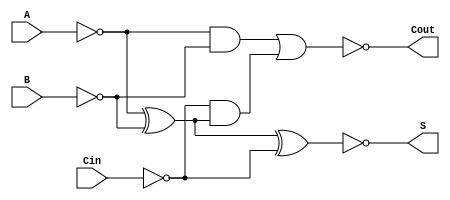
module Negative_Circuit_Full_Adder (
    input wire A,    // First significant bit
    input wire B,    // Second significant bit
    input wire Cin,  // Carry-in
    output wire S,   // Sum output
    output wire Cout // Carry-out output
);

// Intermediate signals for negative logic
wire A_inv, B_inv, Cin_inv;
wire sum_temp, carry_temp;

// Invert the inputs for negative logic
assign A_inv = ~A;  // A' (inverted A)
assign B_inv = ~B;  // B' (inverted B)
assign Cin_inv = ~Cin; // Cin' (inverted Cin)

// Calculate the sum using XOR gates
assign sum_temp = A_inv ^ B_inv ^ Cin_inv; // S' = A' XOR B' XOR Cin'
assign S = ~sum_temp; // Invert the sum for negative logic

// Calculate the carry-out using AND and OR gates
wire AB, A_XOR_B;

// Calculate A XOR B
assign A_XOR_B = A_inv ^ B_inv; // A' XOR B'
assign AB = A_inv & B_inv; // A' AND B'

// Calculate Cout
assign carry_temp = AB | (Cin_inv & A_XOR_B); // Cout' = (A' AND B') OR (Cin' AND (A' XOR B'))
assign Cout = ~carry_temp; // Invert Cout for negative logic

endmodule